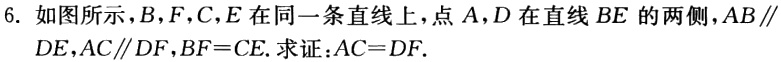
6. 如图所示，\(B,F,C,E\)在同一条直线上，点\(A,D\)在直线\(BE\)的两侧，\(AB\parallel DE\)，\(AC\parallel DF\)，\(BF = CE\). 求证：\(AC = DF\).